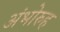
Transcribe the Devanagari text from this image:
अंभोरुह